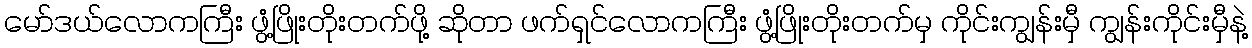
မော်ဒယ်လောကကြီး ဖွံ့ဖြိုးတိုးတက်ဖို့ ဆိုတာ ဖက်ရှင်လောကကြီး ဖွံ့ဖြိုးတိုးတက်မှ ကိုင်းကျွန်းမှီ ကျွန်းကိုင်းမှီနဲ့